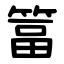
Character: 䈏